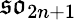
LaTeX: {\mathfrak{so}}_{2n+1}